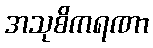
အသုစိကရဏာ